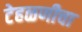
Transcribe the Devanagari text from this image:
टेहळणीचा